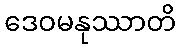
ဒေဝမနုဿာတိ